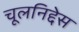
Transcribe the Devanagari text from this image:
चूलनिद्देस